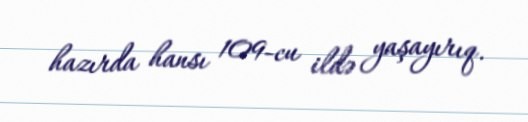
hazırda hansı 109-cu ildə yaşayırıq.